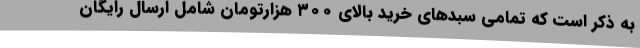
به ذکر است که تمامی سبدهای خرید بالای ۳۰۰ هزارتومان شامل ارسال رایگان